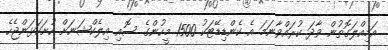
އަމިއްލަގޮތުން ވާދަ ކުރައްވާނަމަ އެ ކެންޑިޑޭޓަކު 1500 މީހުންގެ ސޮއި އިލެކްޝަނަށް ހުށަހަޅަންޖެހެ